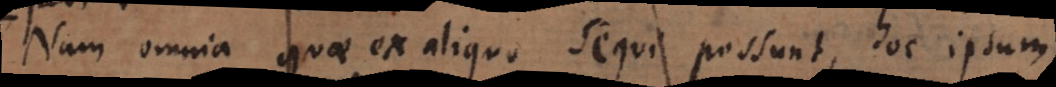
Omnia quae ex aliquo sequi possunt, ea erunt